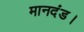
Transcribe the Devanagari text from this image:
मानदंड।